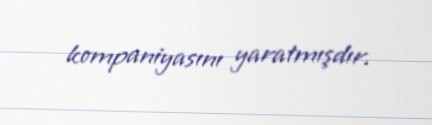
kompaniyasını yaratmışdır.